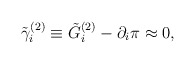
\begin{align*}\tilde \gamma _i^{(2)}\equiv \tilde G_i^{(2)}-\partial _i\pi\approx 0,\end{align*}